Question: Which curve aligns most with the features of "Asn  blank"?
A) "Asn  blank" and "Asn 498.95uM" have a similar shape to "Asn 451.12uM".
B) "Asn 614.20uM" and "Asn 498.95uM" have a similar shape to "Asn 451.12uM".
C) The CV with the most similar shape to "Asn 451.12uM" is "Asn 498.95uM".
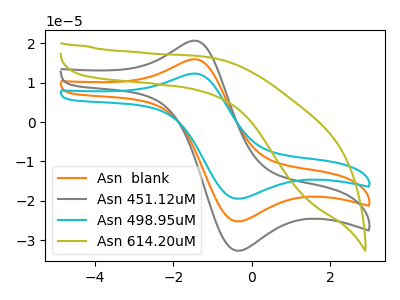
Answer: <think>The orange curve "Asn  blank" has an anodic peak at (-1.55V, 15.90uA) and a cathodic peak at (-0.40V, -25.20uA). The gray curve "Asn 451.12uM" has an anodic peak at (-1.55V, 20.55uA) and a cathodic peak at (-0.40V, -32.65uA). The cyan curve "Asn 498.95uM" has an anodic peak at (-1.55V, 31.75uA) and a cathodic peak at (-0.40V, -50.40uA). The olive curve "Asn 614.20uM" has no peaks.
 All the peaks in "Asn  blank" have a peak in "Asn 451.12uM" at the same potential. Every peak in "Asn  blank" is lower than every peak in "Asn 451.12uM". All the peaks in "Asn  blank" have a peak in "Asn 498.95uM" at the same potential. Every peak in "Asn  blank" is lower than every peak in "Asn 498.95uM". "Asn  blank" and "Asn 614.20uM" have a different number of peaks. All the peaks in "Asn 451.12uM" have a peak in "Asn 498.95uM" at the same potential. Every peak in "Asn 451.12uM" is lower than every peak in "Asn 498.95uM". "Asn 451.12uM" and "Asn 614.20uM" have a different number of peaks. "Asn 498.95uM" and "Asn 614.20uM" have a different number of peaks.</think>
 <answer>A) "Asn  blank" and "Asn 498.95uM" have a similar shape to "Asn 451.12uM".</answer>
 <eval>A</eval>